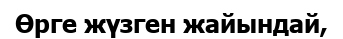
Өрге жүзген жайындай,